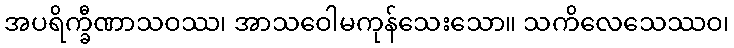
အပရိက္ခီဏာသဝဿ၊ အာသဝေါမကုန်သေးသော။ သကိလေသေဿဝ၊